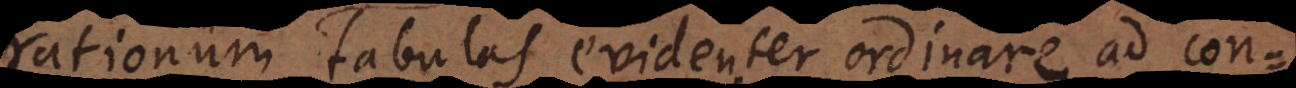
rationum tabulas evidenter ordinare, ad conc